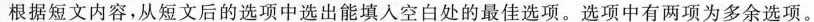
根据短文内容,从短文后的选项中选出能填人空白处的最佳选项.选项中有两项为多余选项。